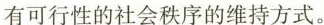
有可行性的社会秩序的维持方式。